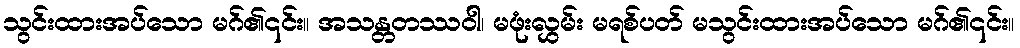
သွင်းထားအပ်သော မဂ်၏၎င်း။ အသန္တတဿဝါ၊ မဖုံးလွှမ်း မရစ်ပတ် မသွင်းထားအပ်သော မဂ်၏၎င်း။